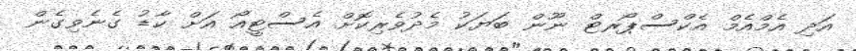
އަދި އެމްއެމް އެކްސްޕޯރޓް ނޫން ބަޔަކު މެދުވެރިކޮށް އެސްޓީއޯ އަށް ކާޑު ގެނެވިގެން